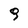
Character: 9